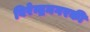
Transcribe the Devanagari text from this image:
बिरेन्द्रनगरकी